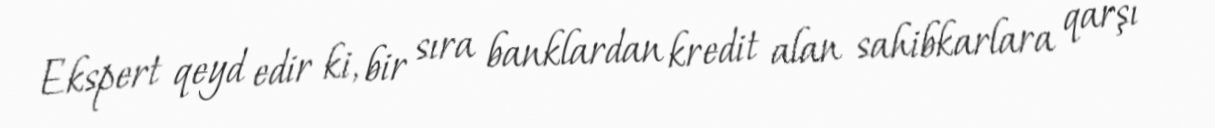
Ekspert qeyd edir ki, bir sıra banklardan kredit alan sahibkarlara qarşı